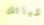
اشيائك